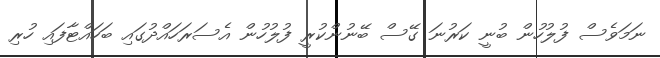
ނަމަވެސް ފުލުހުން ބުނީ ކަރުނަ ގޭސް ބޭނުންކުރީ ފުލުހުން އެސަރަހައްދުގައި ބަހައްޓާފައި ހުރި